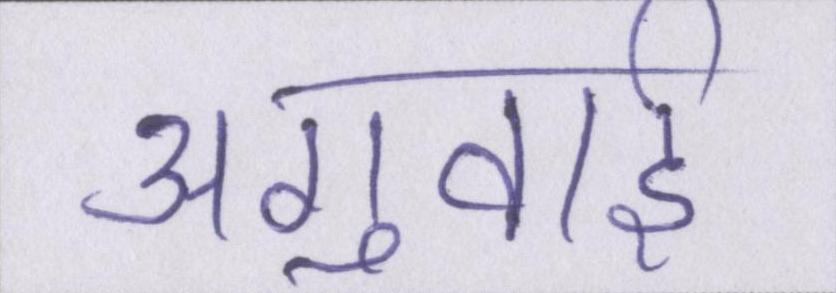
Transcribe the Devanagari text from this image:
अगुवाई